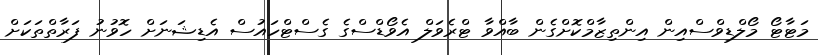
މަޓާޓޯ މޯލްޑިވްސްއިން އިންތިޒާމްކޮށްގެން ބާއްވާ ޓްރެވަލް އެވޯޑްސްގެ ގެސްޓްހައުސް އެޑިޝަނަށް ހޮވުނު ފަރާތްތަކަށް